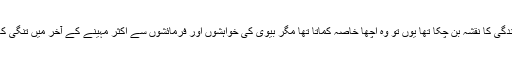
یہ فرمان علی کی زندگی کا نقشہ بن چکا تھا یوں تو وہ اچھا خاصہ کماتا تھا مگر بیوی کی خواہشوں اور فرمائشوں سے اکثر مہینے کے آخر میں تنگی کا شکار ہو جایا کرتا۔